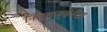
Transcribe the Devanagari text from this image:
निवडणुकींचा